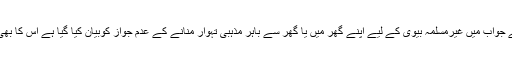
اورسوال نمبر ( 3320 ) کے جواب میں غیرمسلمہ بیوی کے لیے اپنے گھر میں یا گھر سے باہر مذہبی تہوار منانے کے عدم جواز کوبیان کیا گيا ہے اس کا بھی مطالعہ کرنا ضروری ہے ۔